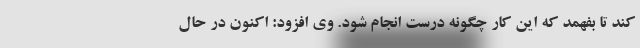
کند تا بفهمد که این کار چگونه درست انجام شود. وی افزود: اکنون در حال